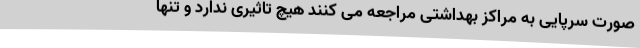
صورت سرپایی به مراکز بهداشتی مراجعه می کنند هیچ تاثیری ندارد و تنها